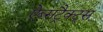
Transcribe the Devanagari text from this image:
ऐब्सट्रैक्ट्स